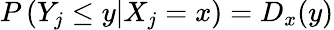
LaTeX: P\left(Y_{j}\leq y|X_{j}=x\right)=D_{x}(y)